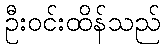
ဦးဝင်းထိန်သည်